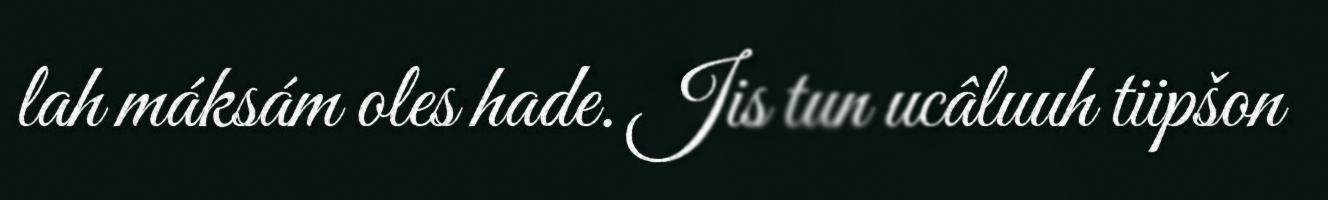
lah máksám oles hade. Jis tun ucâluuh tiipšon